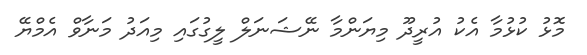
މޮޅު ކުޅުމާ އެކު އުރީދޫ މިޔަންމާ ނޭޝަނަލް ލީގުގައި މިއަދު މަނާވް އެމްޔޭ